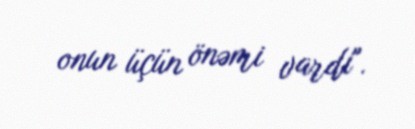
onun üçün önəmi vardı".